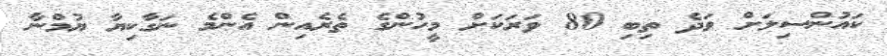
ކައުންސިލަށް ވަދެ ތިބި 80 ވަރަކަށް މީހުންގެ ތެރެއިން އެންމެ ނަގާކިޔާ ޔުމްނާ